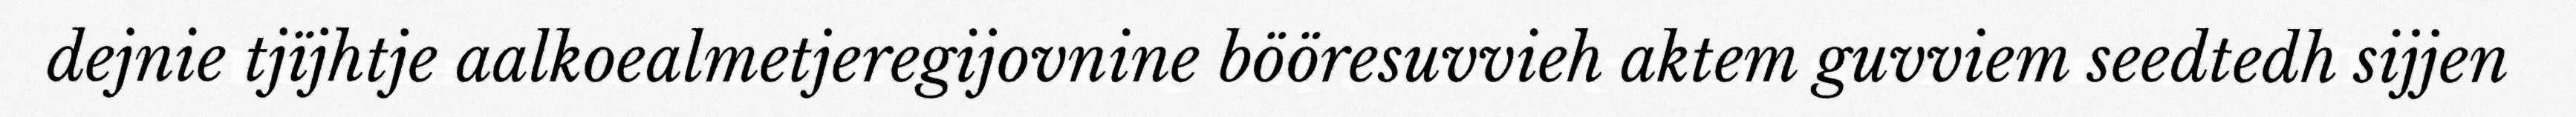
dejnie tjïjhtje aalkoealmetjeregijovnine bööresuvvieh aktem guvviem seedtedh sijjen